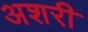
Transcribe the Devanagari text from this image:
अशरी